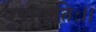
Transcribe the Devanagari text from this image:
वृषाकृतिः।।